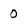
Character: 0